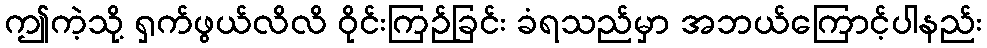
ဤကဲ့သို့ ရှက်ဖွယ်လိလိ ဝိုင်းကြဉ်ခြင်း ခံရသည်မှာ အဘယ်ကြောင့်ပါနည်း